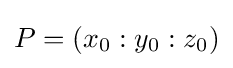
P=(x_{0}:y_{0}:z_{0})